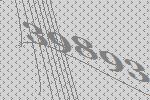
39893